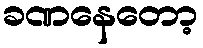
ခဏနေတော့